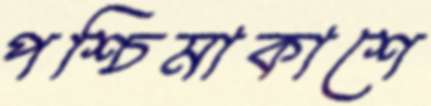
পশ্চিমাকাশে